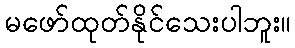
မဖော်ထုတ်နိုင်သေးပါဘူး။